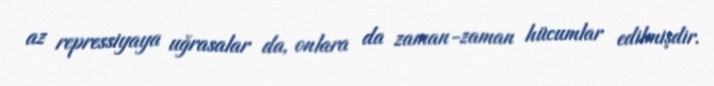
az repressiyaya uğrasalar da, onlara da zaman-zaman hücumlar edilmişdir.